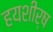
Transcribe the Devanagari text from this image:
हयशीर्ष